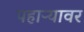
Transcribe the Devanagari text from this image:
पहाऱ्यावर